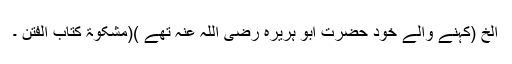
الخ (کہنے والے خود حضرت ابو ہریرہ رضی اللہ عنہ تھے )(مشکوٰۃ کتاب الفتن ۔